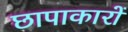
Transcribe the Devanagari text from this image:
छापाकारों